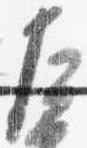
左